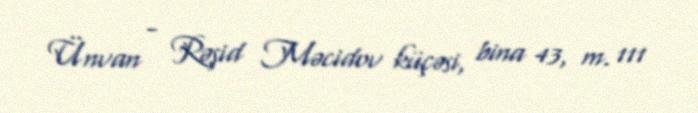
Ünvan - Rəşid Məcidov küçəsi, bina 43, m. 111